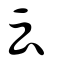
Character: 云